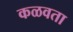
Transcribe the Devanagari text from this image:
कळवता